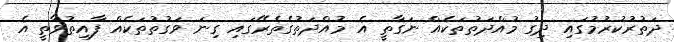
ދަތުރުކުރުމުގައި ދިގު މުއްދަތުތަކެއް ނަގާތީ އެ މުއްދަތުގެތެރޭގައި ގިނަ ވަގުތުތަކެއް ފާއިތުވާތީ އެ